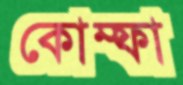
কোম্ফা